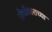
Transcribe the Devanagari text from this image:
तीर्थंकाराच्या